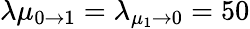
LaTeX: \lambda\mu_{0\to 1}=\lambda_{\mu_{1}\to 0}=50